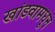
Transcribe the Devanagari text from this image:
खांडवामधून